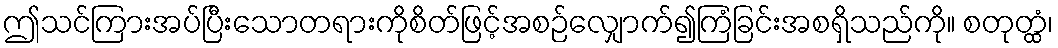
ဤသင်ကြားအပ်ပြီးသောတရားကိုစိတ်ဖြင့်အစဉ်လျှောက်၍ကြံခြင်းအစရှိသည်ကို။ စတုတ္ထံ၊